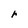
Character: r